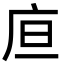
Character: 㡺